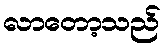
လာတော့သည်